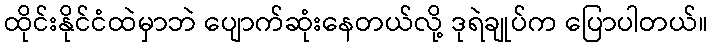
ထိုင်းနိုင်ငံထဲမှာဘဲ ပျောက်ဆုံးနေတယ်လို့ ဒုရဲချုပ်က ပြောပါတယ်။